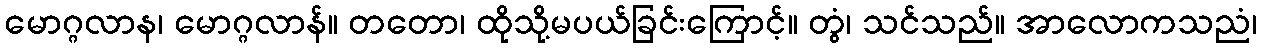
မောဂ္ဂလာန၊ မောဂ္ဂလာန်။ တတော၊ ထိုသို့မပယ်ခြင်းကြောင့်။ တွံ၊ သင်သည်။ အာလောကသညံ၊